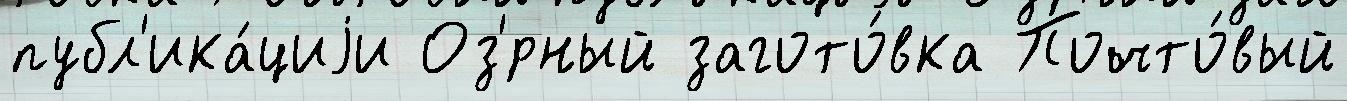
публ'ика́циjи Оз'́рный загото́вка Почто́вый